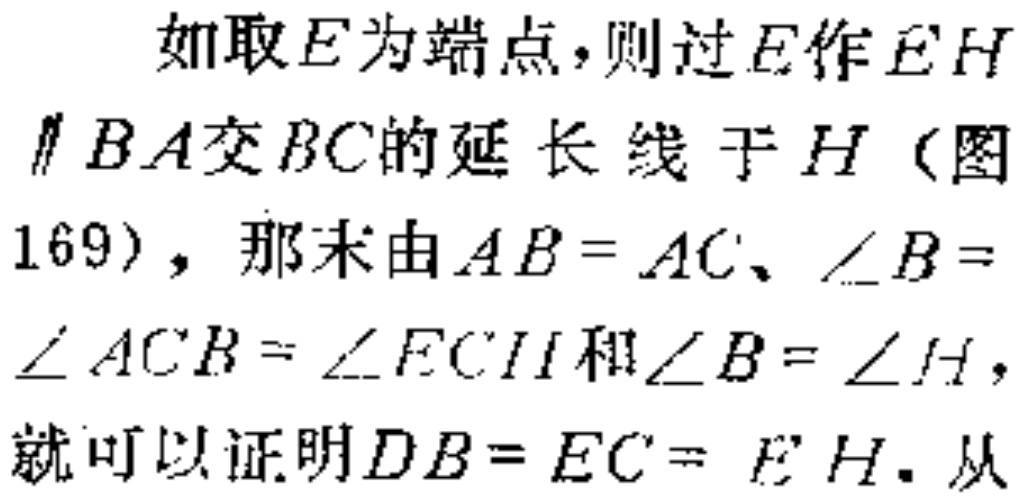
如取\(E\)为端点，则过\(E\)作\(EH\parallel BA\)交\(BC\)的延长线于\(H\)（图169），那末由\(AB = AC\)、\(\angle B = \angle ACB=\angle ECH\)和\(\angle B = \angle H\)，就可以证明\(DB = EC = EH\). 从